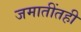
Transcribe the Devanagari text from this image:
जमातींतही